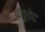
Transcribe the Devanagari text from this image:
चतुवेद